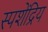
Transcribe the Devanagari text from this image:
स्पशेंद्रिय